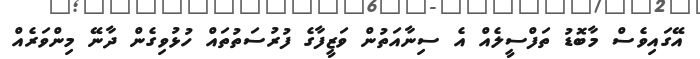
އޭގައިވެސް މާބޮޑު ތަފްސީލެއް އެ ސިނާއަތުން ވަޒީފާގެ ފުރުސަތުތައް ހުޅުވިގެން ދާނޭ މިންވަރެއް